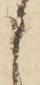
申